Indian journal of veterinary science and animal husbandry - Volume 11,
Year: 1941
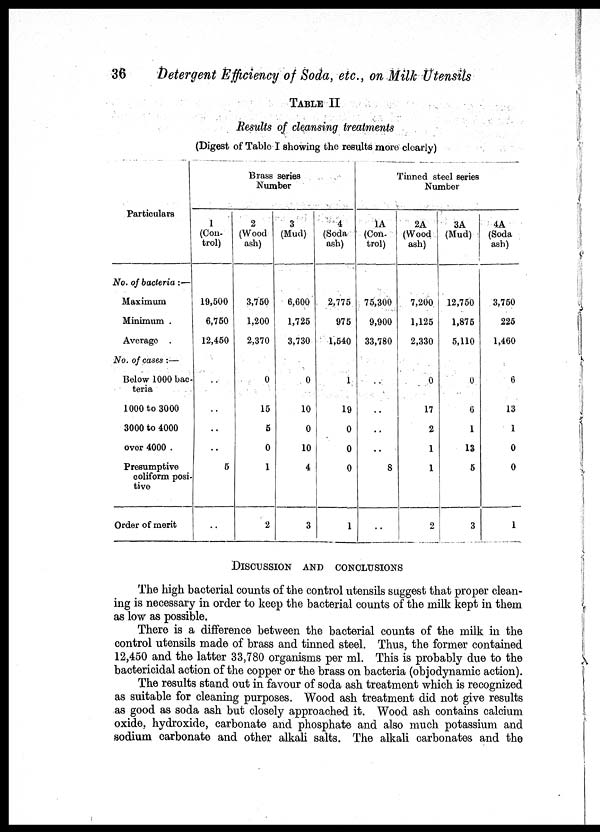
36
Detergent Efficiency of Soda, etc., on Milk Utensils
TABLE II
Results of cleansing treatments
(Digest of Table I showing the results more clearly)
Particulars
No. of bacteria :—
Maximum
Minimum .
Average .
No. of cases :—
Below 1000 bac¬
teria
1000 to 3000
3000 to 4000
over 4000 .
Presumptive
coliform posi-
tive
Order of merit
Brass series
Number
1
(Con-
trol)
19,500
6,750
12,450
. .
. .
. .
. .
5
..
2
(Wood
ash)
3,750
1,200
2,370
0
15
5
0
1
2
3
(Mud)
6,600
1,725
3,730
0
10
0
10
4
3
4
(Soda
ash)
2,775
975
1,540
1
19
0
0
0
1
Tinned steel series
Number
1A
(Con¬
trol)
75,300
9,900
33,780
..
..
..
..
8
..
2A
(Wood
ash)
7,200
1,125
2,330
0
17
2
1
1
2
3A
(Mud)
12,750
1,875
5,110
0
6
1
13
5
3
4A
(Soda
ash)
3,750
225
1,460
6
13
1
0
0
1
DISCUSSION AND CONCLUSIONS
The high bacterial counts of the control utensils suggest that proper clean-
ing is necessary in order to keep the bacterial counts of the milk kept in them
as low as possible.
There is a difference between the bacterial counts of the milk in the
control utensils made of brass and tinned steel. Thus, the former contained
12,450 and the latter 33,780 organisms per ml. This is probably due to the
bactericidal action of the copper or the brass on bacteria (objodynamic action).
The results stand out in favour of soda ash treatment which is recognized
as suitable for cleaning purposes. Wood ash treatment did not give results
as good as soda ash but closely approached it. Wood ash contains calcium
oxide, hydroxide, carbonate and phosphate and also much potassium and
sodium carbonate and other alkali salts. The alkali carbonates and the